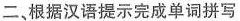
二、根据汉语提示完成单词拼写